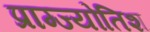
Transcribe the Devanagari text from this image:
प्राग्ज्योतिश